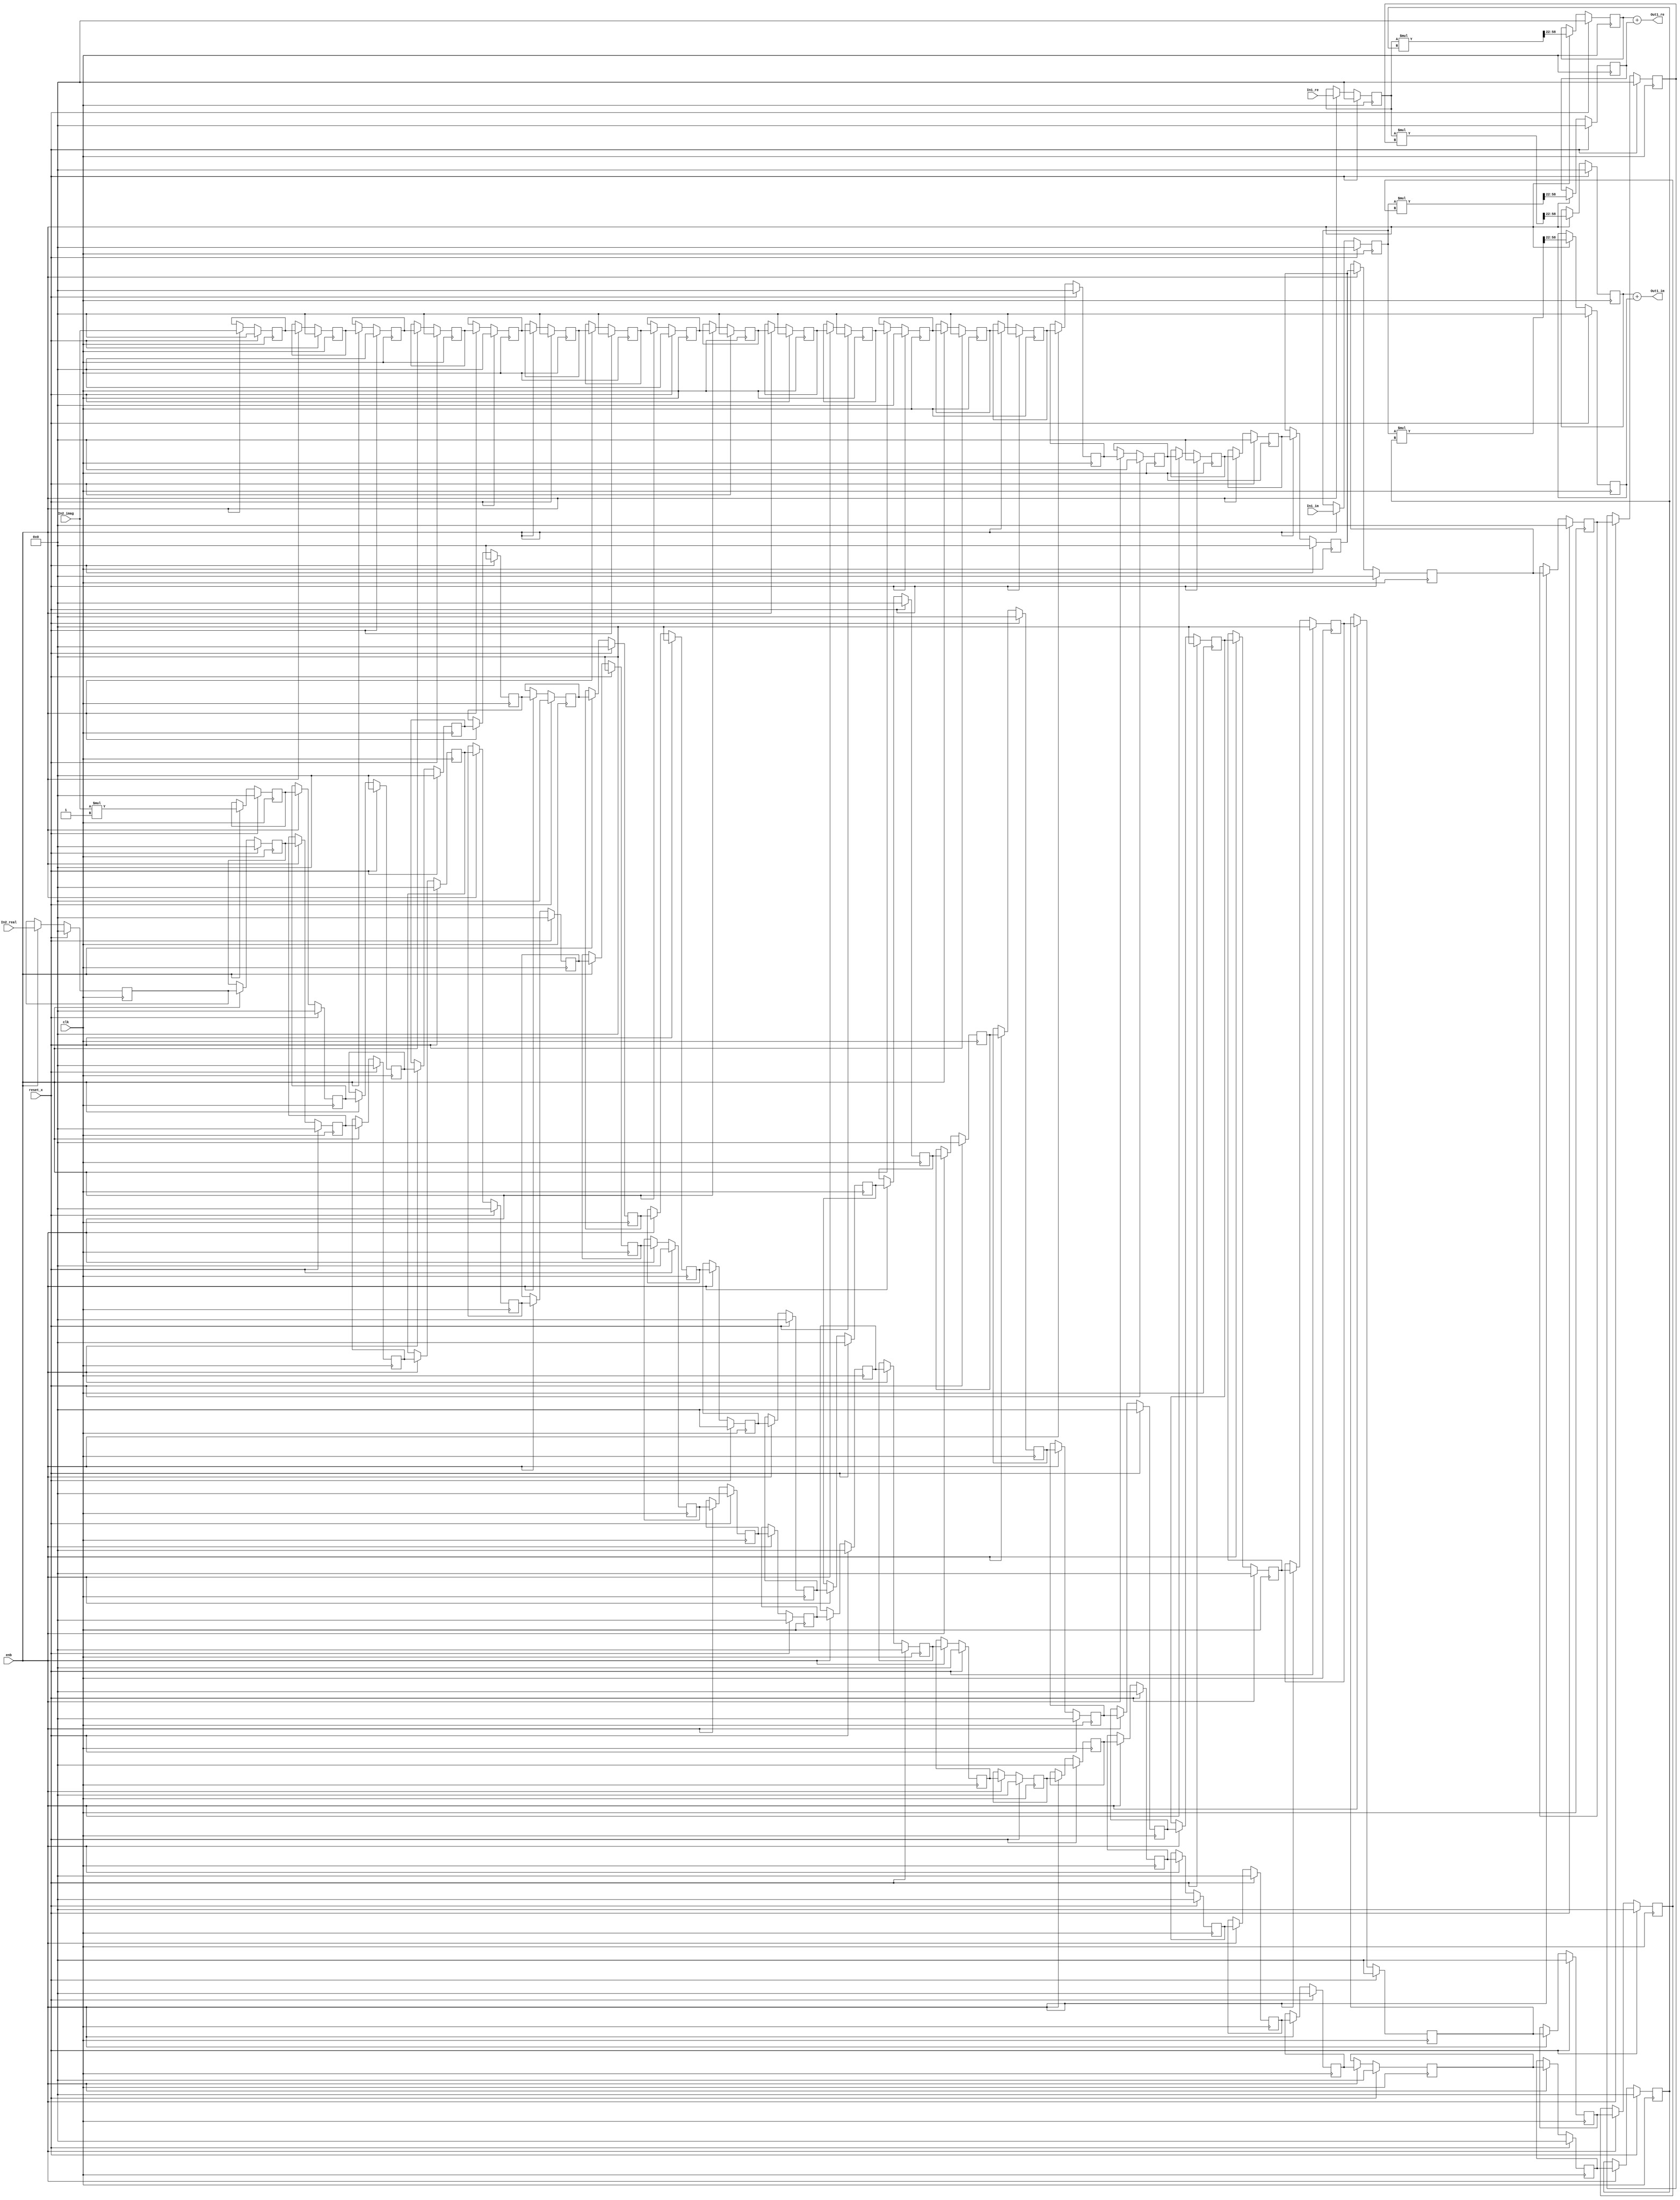
// -------------------------------------------------------------
// 
// 
// Generated by MATLAB 9.8 and HDL Coder 3.16
// 
// -------------------------------------------------------------


// -------------------------------------------------------------
// 
// Module: Complex_multiplication1_block27
// Source Path: newhope_cambios/FDHT/DFT_2/DFT5-block_IDFT/DFT5-column 2/DFT5-4/Complex-multiplication1
// Hierarchy Level: 5
// 
// -------------------------------------------------------------

`timescale 1 ns / 1 ns

module Complex_multiplication1_block27
          (clk,
           reset_x,
           enb,
           In1_re,
           In1_im,
           In2_real,
           In2_imag,
           Out1_re,
           Out1_im);


  input   clk;
  input   reset_x;
  input   enb;
  input   signed [36:0] In1_re;  // sfix37_En22
  input   signed [36:0] In1_im;  // sfix37_En22
  input   signed [36:0] In2_real;  // sfix37_En22
  input   signed [36:0] In2_imag;  // sfix37_En22
  output  signed [36:0] Out1_re;  // sfix37_En22
  output  signed [36:0] Out1_im;  // sfix37_En22


  reg signed [36:0] Complex_to_Real_Imag1_out1;  // sfix37_En22
  reg signed [36:0] reduced_reg [0:22];  // sfix37 [23]
  wire signed [36:0] reduced_reg_next [0:22];  // sfix37_En22 [23]
  wire signed [36:0] In2_real_1;  // sfix37_En22
  wire signed [73:0] Product_mul_temp;  // sfix74_En44
  wire signed [36:0] Product_out1;  // sfix37_En22
  reg signed [36:0] Product_out1_1;  // sfix37_En22
  reg signed [36:0] Complex_to_Real_Imag1_out2;  // sfix37_En22
  wire signed [1:0] Constant_out1;  // sfix2
  wire signed [38:0] Product4_mul_temp;  // sfix39_En22
  wire signed [36:0] Product4_out1;  // sfix37_En22
  reg signed [36:0] HwModeRegister3_reg [0:21];  // sfix37 [22]
  wire signed [36:0] HwModeRegister3_reg_next [0:21];  // sfix37_En22 [22]
  wire signed [36:0] Product4_out1_1;  // sfix37_En22
  wire signed [73:0] Product1_mul_temp;  // sfix74_En44
  wire signed [36:0] Product1_out1;  // sfix37_En22
  reg signed [36:0] Product1_out1_1;  // sfix37_En22
  wire signed [36:0] Sum_out1;  // sfix37_En22
  reg signed [36:0] HwModeRegister5_reg [0:21];  // sfix37 [22]
  wire signed [36:0] HwModeRegister5_reg_next [0:21];  // sfix37_En22 [22]
  wire signed [36:0] In2_imag_1;  // sfix37_En22
  wire signed [73:0] Product2_mul_temp;  // sfix74_En44
  wire signed [36:0] Product2_out1;  // sfix37_En22
  reg signed [36:0] Product2_out1_1;  // sfix37_En22
  wire signed [73:0] Product3_mul_temp;  // sfix74_En44
  wire signed [36:0] Product3_out1;  // sfix37_En22
  reg signed [36:0] Product3_out1_1;  // sfix37_En22
  wire signed [36:0] Sum1_out1;  // sfix37_En22


  always @(posedge clk)
    begin : reduced_process
      if (reset_x == 1'b1) begin
        Complex_to_Real_Imag1_out1 <= 37'sh0000000000;
      end
      else begin
        if (enb) begin
          Complex_to_Real_Imag1_out1 <= In1_re;
        end
      end
    end



  always @(posedge clk)
    begin : reduced_1_process
      if (reset_x == 1'b1) begin
        reduced_reg[0] <= 37'sh0000000000;
        reduced_reg[1] <= 37'sh0000000000;
        reduced_reg[2] <= 37'sh0000000000;
        reduced_reg[3] <= 37'sh0000000000;
        reduced_reg[4] <= 37'sh0000000000;
        reduced_reg[5] <= 37'sh0000000000;
        reduced_reg[6] <= 37'sh0000000000;
        reduced_reg[7] <= 37'sh0000000000;
        reduced_reg[8] <= 37'sh0000000000;
        reduced_reg[9] <= 37'sh0000000000;
        reduced_reg[10] <= 37'sh0000000000;
        reduced_reg[11] <= 37'sh0000000000;
        reduced_reg[12] <= 37'sh0000000000;
        reduced_reg[13] <= 37'sh0000000000;
        reduced_reg[14] <= 37'sh0000000000;
        reduced_reg[15] <= 37'sh0000000000;
        reduced_reg[16] <= 37'sh0000000000;
        reduced_reg[17] <= 37'sh0000000000;
        reduced_reg[18] <= 37'sh0000000000;
        reduced_reg[19] <= 37'sh0000000000;
        reduced_reg[20] <= 37'sh0000000000;
        reduced_reg[21] <= 37'sh0000000000;
        reduced_reg[22] <= 37'sh0000000000;
      end
      else begin
        if (enb) begin
          reduced_reg[0] <= reduced_reg_next[0];
          reduced_reg[1] <= reduced_reg_next[1];
          reduced_reg[2] <= reduced_reg_next[2];
          reduced_reg[3] <= reduced_reg_next[3];
          reduced_reg[4] <= reduced_reg_next[4];
          reduced_reg[5] <= reduced_reg_next[5];
          reduced_reg[6] <= reduced_reg_next[6];
          reduced_reg[7] <= reduced_reg_next[7];
          reduced_reg[8] <= reduced_reg_next[8];
          reduced_reg[9] <= reduced_reg_next[9];
          reduced_reg[10] <= reduced_reg_next[10];
          reduced_reg[11] <= reduced_reg_next[11];
          reduced_reg[12] <= reduced_reg_next[12];
          reduced_reg[13] <= reduced_reg_next[13];
          reduced_reg[14] <= reduced_reg_next[14];
          reduced_reg[15] <= reduced_reg_next[15];
          reduced_reg[16] <= reduced_reg_next[16];
          reduced_reg[17] <= reduced_reg_next[17];
          reduced_reg[18] <= reduced_reg_next[18];
          reduced_reg[19] <= reduced_reg_next[19];
          reduced_reg[20] <= reduced_reg_next[20];
          reduced_reg[21] <= reduced_reg_next[21];
          reduced_reg[22] <= reduced_reg_next[22];
        end
      end
    end

  assign In2_real_1 = reduced_reg[22];
  assign reduced_reg_next[0] = In2_real;
  assign reduced_reg_next[1] = reduced_reg[0];
  assign reduced_reg_next[2] = reduced_reg[1];
  assign reduced_reg_next[3] = reduced_reg[2];
  assign reduced_reg_next[4] = reduced_reg[3];
  assign reduced_reg_next[5] = reduced_reg[4];
  assign reduced_reg_next[6] = reduced_reg[5];
  assign reduced_reg_next[7] = reduced_reg[6];
  assign reduced_reg_next[8] = reduced_reg[7];
  assign reduced_reg_next[9] = reduced_reg[8];
  assign reduced_reg_next[10] = reduced_reg[9];
  assign reduced_reg_next[11] = reduced_reg[10];
  assign reduced_reg_next[12] = reduced_reg[11];
  assign reduced_reg_next[13] = reduced_reg[12];
  assign reduced_reg_next[14] = reduced_reg[13];
  assign reduced_reg_next[15] = reduced_reg[14];
  assign reduced_reg_next[16] = reduced_reg[15];
  assign reduced_reg_next[17] = reduced_reg[16];
  assign reduced_reg_next[18] = reduced_reg[17];
  assign reduced_reg_next[19] = reduced_reg[18];
  assign reduced_reg_next[20] = reduced_reg[19];
  assign reduced_reg_next[21] = reduced_reg[20];
  assign reduced_reg_next[22] = reduced_reg[21];



  assign Product_mul_temp = Complex_to_Real_Imag1_out1 * In2_real_1;
  assign Product_out1 = Product_mul_temp[58:22];



  always @(posedge clk)
    begin : PipelineRegister_process
      if (reset_x == 1'b1) begin
        Product_out1_1 <= 37'sh0000000000;
      end
      else begin
        if (enb) begin
          Product_out1_1 <= Product_out1;
        end
      end
    end



  always @(posedge clk)
    begin : reduced_2_process
      if (reset_x == 1'b1) begin
        Complex_to_Real_Imag1_out2 <= 37'sh0000000000;
      end
      else begin
        if (enb) begin
          Complex_to_Real_Imag1_out2 <= In1_im;
        end
      end
    end



  assign Constant_out1 = 2'sb11;



  assign Product4_mul_temp = In2_imag * Constant_out1;
  assign Product4_out1 = Product4_mul_temp[36:0];



  always @(posedge clk)
    begin : HwModeRegister3_process
      if (reset_x == 1'b1) begin
        HwModeRegister3_reg[0] <= 37'sh0000000000;
        HwModeRegister3_reg[1] <= 37'sh0000000000;
        HwModeRegister3_reg[2] <= 37'sh0000000000;
        HwModeRegister3_reg[3] <= 37'sh0000000000;
        HwModeRegister3_reg[4] <= 37'sh0000000000;
        HwModeRegister3_reg[5] <= 37'sh0000000000;
        HwModeRegister3_reg[6] <= 37'sh0000000000;
        HwModeRegister3_reg[7] <= 37'sh0000000000;
        HwModeRegister3_reg[8] <= 37'sh0000000000;
        HwModeRegister3_reg[9] <= 37'sh0000000000;
        HwModeRegister3_reg[10] <= 37'sh0000000000;
        HwModeRegister3_reg[11] <= 37'sh0000000000;
        HwModeRegister3_reg[12] <= 37'sh0000000000;
        HwModeRegister3_reg[13] <= 37'sh0000000000;
        HwModeRegister3_reg[14] <= 37'sh0000000000;
        HwModeRegister3_reg[15] <= 37'sh0000000000;
        HwModeRegister3_reg[16] <= 37'sh0000000000;
        HwModeRegister3_reg[17] <= 37'sh0000000000;
        HwModeRegister3_reg[18] <= 37'sh0000000000;
        HwModeRegister3_reg[19] <= 37'sh0000000000;
        HwModeRegister3_reg[20] <= 37'sh0000000000;
        HwModeRegister3_reg[21] <= 37'sh0000000000;
      end
      else begin
        if (enb) begin
          HwModeRegister3_reg[0] <= HwModeRegister3_reg_next[0];
          HwModeRegister3_reg[1] <= HwModeRegister3_reg_next[1];
          HwModeRegister3_reg[2] <= HwModeRegister3_reg_next[2];
          HwModeRegister3_reg[3] <= HwModeRegister3_reg_next[3];
          HwModeRegister3_reg[4] <= HwModeRegister3_reg_next[4];
          HwModeRegister3_reg[5] <= HwModeRegister3_reg_next[5];
          HwModeRegister3_reg[6] <= HwModeRegister3_reg_next[6];
          HwModeRegister3_reg[7] <= HwModeRegister3_reg_next[7];
          HwModeRegister3_reg[8] <= HwModeRegister3_reg_next[8];
          HwModeRegister3_reg[9] <= HwModeRegister3_reg_next[9];
          HwModeRegister3_reg[10] <= HwModeRegister3_reg_next[10];
          HwModeRegister3_reg[11] <= HwModeRegister3_reg_next[11];
          HwModeRegister3_reg[12] <= HwModeRegister3_reg_next[12];
          HwModeRegister3_reg[13] <= HwModeRegister3_reg_next[13];
          HwModeRegister3_reg[14] <= HwModeRegister3_reg_next[14];
          HwModeRegister3_reg[15] <= HwModeRegister3_reg_next[15];
          HwModeRegister3_reg[16] <= HwModeRegister3_reg_next[16];
          HwModeRegister3_reg[17] <= HwModeRegister3_reg_next[17];
          HwModeRegister3_reg[18] <= HwModeRegister3_reg_next[18];
          HwModeRegister3_reg[19] <= HwModeRegister3_reg_next[19];
          HwModeRegister3_reg[20] <= HwModeRegister3_reg_next[20];
          HwModeRegister3_reg[21] <= HwModeRegister3_reg_next[21];
        end
      end
    end

  assign Product4_out1_1 = HwModeRegister3_reg[21];
  assign HwModeRegister3_reg_next[0] = Product4_out1;
  assign HwModeRegister3_reg_next[1] = HwModeRegister3_reg[0];
  assign HwModeRegister3_reg_next[2] = HwModeRegister3_reg[1];
  assign HwModeRegister3_reg_next[3] = HwModeRegister3_reg[2];
  assign HwModeRegister3_reg_next[4] = HwModeRegister3_reg[3];
  assign HwModeRegister3_reg_next[5] = HwModeRegister3_reg[4];
  assign HwModeRegister3_reg_next[6] = HwModeRegister3_reg[5];
  assign HwModeRegister3_reg_next[7] = HwModeRegister3_reg[6];
  assign HwModeRegister3_reg_next[8] = HwModeRegister3_reg[7];
  assign HwModeRegister3_reg_next[9] = HwModeRegister3_reg[8];
  assign HwModeRegister3_reg_next[10] = HwModeRegister3_reg[9];
  assign HwModeRegister3_reg_next[11] = HwModeRegister3_reg[10];
  assign HwModeRegister3_reg_next[12] = HwModeRegister3_reg[11];
  assign HwModeRegister3_reg_next[13] = HwModeRegister3_reg[12];
  assign HwModeRegister3_reg_next[14] = HwModeRegister3_reg[13];
  assign HwModeRegister3_reg_next[15] = HwModeRegister3_reg[14];
  assign HwModeRegister3_reg_next[16] = HwModeRegister3_reg[15];
  assign HwModeRegister3_reg_next[17] = HwModeRegister3_reg[16];
  assign HwModeRegister3_reg_next[18] = HwModeRegister3_reg[17];
  assign HwModeRegister3_reg_next[19] = HwModeRegister3_reg[18];
  assign HwModeRegister3_reg_next[20] = HwModeRegister3_reg[19];
  assign HwModeRegister3_reg_next[21] = HwModeRegister3_reg[20];



  assign Product1_mul_temp = Complex_to_Real_Imag1_out2 * Product4_out1_1;
  assign Product1_out1 = Product1_mul_temp[58:22];



  always @(posedge clk)
    begin : PipelineRegister1_process
      if (reset_x == 1'b1) begin
        Product1_out1_1 <= 37'sh0000000000;
      end
      else begin
        if (enb) begin
          Product1_out1_1 <= Product1_out1;
        end
      end
    end



  assign Sum_out1 = Product_out1_1 + Product1_out1_1;



  assign Out1_re = Sum_out1;

  always @(posedge clk)
    begin : HwModeRegister5_process
      if (reset_x == 1'b1) begin
        HwModeRegister5_reg[0] <= 37'sh0000000000;
        HwModeRegister5_reg[1] <= 37'sh0000000000;
        HwModeRegister5_reg[2] <= 37'sh0000000000;
        HwModeRegister5_reg[3] <= 37'sh0000000000;
        HwModeRegister5_reg[4] <= 37'sh0000000000;
        HwModeRegister5_reg[5] <= 37'sh0000000000;
        HwModeRegister5_reg[6] <= 37'sh0000000000;
        HwModeRegister5_reg[7] <= 37'sh0000000000;
        HwModeRegister5_reg[8] <= 37'sh0000000000;
        HwModeRegister5_reg[9] <= 37'sh0000000000;
        HwModeRegister5_reg[10] <= 37'sh0000000000;
        HwModeRegister5_reg[11] <= 37'sh0000000000;
        HwModeRegister5_reg[12] <= 37'sh0000000000;
        HwModeRegister5_reg[13] <= 37'sh0000000000;
        HwModeRegister5_reg[14] <= 37'sh0000000000;
        HwModeRegister5_reg[15] <= 37'sh0000000000;
        HwModeRegister5_reg[16] <= 37'sh0000000000;
        HwModeRegister5_reg[17] <= 37'sh0000000000;
        HwModeRegister5_reg[18] <= 37'sh0000000000;
        HwModeRegister5_reg[19] <= 37'sh0000000000;
        HwModeRegister5_reg[20] <= 37'sh0000000000;
        HwModeRegister5_reg[21] <= 37'sh0000000000;
      end
      else begin
        if (enb) begin
          HwModeRegister5_reg[0] <= HwModeRegister5_reg_next[0];
          HwModeRegister5_reg[1] <= HwModeRegister5_reg_next[1];
          HwModeRegister5_reg[2] <= HwModeRegister5_reg_next[2];
          HwModeRegister5_reg[3] <= HwModeRegister5_reg_next[3];
          HwModeRegister5_reg[4] <= HwModeRegister5_reg_next[4];
          HwModeRegister5_reg[5] <= HwModeRegister5_reg_next[5];
          HwModeRegister5_reg[6] <= HwModeRegister5_reg_next[6];
          HwModeRegister5_reg[7] <= HwModeRegister5_reg_next[7];
          HwModeRegister5_reg[8] <= HwModeRegister5_reg_next[8];
          HwModeRegister5_reg[9] <= HwModeRegister5_reg_next[9];
          HwModeRegister5_reg[10] <= HwModeRegister5_reg_next[10];
          HwModeRegister5_reg[11] <= HwModeRegister5_reg_next[11];
          HwModeRegister5_reg[12] <= HwModeRegister5_reg_next[12];
          HwModeRegister5_reg[13] <= HwModeRegister5_reg_next[13];
          HwModeRegister5_reg[14] <= HwModeRegister5_reg_next[14];
          HwModeRegister5_reg[15] <= HwModeRegister5_reg_next[15];
          HwModeRegister5_reg[16] <= HwModeRegister5_reg_next[16];
          HwModeRegister5_reg[17] <= HwModeRegister5_reg_next[17];
          HwModeRegister5_reg[18] <= HwModeRegister5_reg_next[18];
          HwModeRegister5_reg[19] <= HwModeRegister5_reg_next[19];
          HwModeRegister5_reg[20] <= HwModeRegister5_reg_next[20];
          HwModeRegister5_reg[21] <= HwModeRegister5_reg_next[21];
        end
      end
    end

  assign In2_imag_1 = HwModeRegister5_reg[21];
  assign HwModeRegister5_reg_next[0] = In2_imag;
  assign HwModeRegister5_reg_next[1] = HwModeRegister5_reg[0];
  assign HwModeRegister5_reg_next[2] = HwModeRegister5_reg[1];
  assign HwModeRegister5_reg_next[3] = HwModeRegister5_reg[2];
  assign HwModeRegister5_reg_next[4] = HwModeRegister5_reg[3];
  assign HwModeRegister5_reg_next[5] = HwModeRegister5_reg[4];
  assign HwModeRegister5_reg_next[6] = HwModeRegister5_reg[5];
  assign HwModeRegister5_reg_next[7] = HwModeRegister5_reg[6];
  assign HwModeRegister5_reg_next[8] = HwModeRegister5_reg[7];
  assign HwModeRegister5_reg_next[9] = HwModeRegister5_reg[8];
  assign HwModeRegister5_reg_next[10] = HwModeRegister5_reg[9];
  assign HwModeRegister5_reg_next[11] = HwModeRegister5_reg[10];
  assign HwModeRegister5_reg_next[12] = HwModeRegister5_reg[11];
  assign HwModeRegister5_reg_next[13] = HwModeRegister5_reg[12];
  assign HwModeRegister5_reg_next[14] = HwModeRegister5_reg[13];
  assign HwModeRegister5_reg_next[15] = HwModeRegister5_reg[14];
  assign HwModeRegister5_reg_next[16] = HwModeRegister5_reg[15];
  assign HwModeRegister5_reg_next[17] = HwModeRegister5_reg[16];
  assign HwModeRegister5_reg_next[18] = HwModeRegister5_reg[17];
  assign HwModeRegister5_reg_next[19] = HwModeRegister5_reg[18];
  assign HwModeRegister5_reg_next[20] = HwModeRegister5_reg[19];
  assign HwModeRegister5_reg_next[21] = HwModeRegister5_reg[20];



  assign Product2_mul_temp = Complex_to_Real_Imag1_out1 * In2_imag_1;
  assign Product2_out1 = Product2_mul_temp[58:22];



  always @(posedge clk)
    begin : PipelineRegister2_process
      if (reset_x == 1'b1) begin
        Product2_out1_1 <= 37'sh0000000000;
      end
      else begin
        if (enb) begin
          Product2_out1_1 <= Product2_out1;
        end
      end
    end



  assign Product3_mul_temp = Complex_to_Real_Imag1_out2 * In2_real_1;
  assign Product3_out1 = Product3_mul_temp[58:22];



  always @(posedge clk)
    begin : PipelineRegister3_process
      if (reset_x == 1'b1) begin
        Product3_out1_1 <= 37'sh0000000000;
      end
      else begin
        if (enb) begin
          Product3_out1_1 <= Product3_out1;
        end
      end
    end



  assign Sum1_out1 = Product2_out1_1 + Product3_out1_1;



  assign Out1_im = Sum1_out1;

endmodule  // Complex_multiplication1_block27